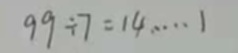
9 9 \div 7 = 1 4 \dot s \dot s 1